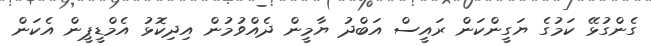
ގެންގުޅޭ ކަމުގެ ޔަގީންކަން ރައީސް އަބްދު ޔާމީން ދެއްވުމުން އިދިކޮޅު އެމްޑީޕީން އެކަން